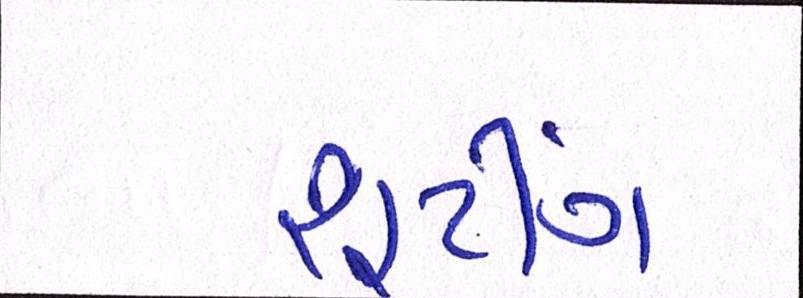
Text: શૂટિંગ